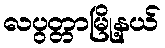
လပွတ္တာမြို့နယ်